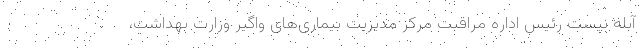
آبله نیست رئیس اداره مراقبت مرکز مدیریت بیماری‌های واگیر وزارت بهداشت،